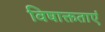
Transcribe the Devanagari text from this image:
विषाक्तताएं